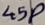
Text: 45P